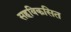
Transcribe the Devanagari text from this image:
सहविकसित